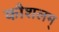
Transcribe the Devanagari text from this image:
कौशलम्‌